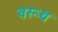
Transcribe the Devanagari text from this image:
वरूथ